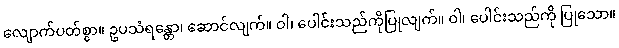
လျောက်ပတ်စွာ။ ဥပသံရန္တော၊ ဆောင်လျက်။ ဝါ၊ ပေါင်းသည်ကိုပြုလျက်။ ဝါ၊ ပေါင်းသည်ကို ပြုသော။